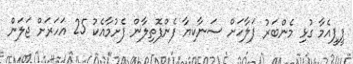
ޕީޕީއެމާ ގުޅި މެންބަރު ފަލާހަށް ސަނާކިޔާ ފެންފޮތިލާން ފެށުމާއެކު 25 އަހަރަށް ޖަލަން